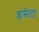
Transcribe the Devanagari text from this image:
इसेटा